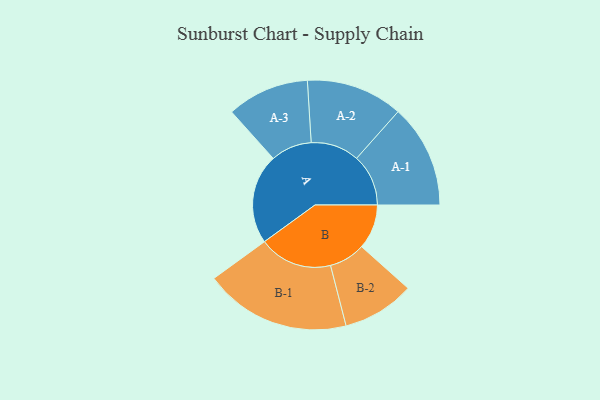
{"axis": {"x": "Segment", "y": "Value"}, "legend": ["", "A", "B"], "data": [{"x": "A", "y": 346, "type": ""}, {"x": "B", "y": 172, "type": ""}, {"x": "A-1", "y": 199, "type": "A"}, {"x": "A-2", "y": 186, "type": "A"}, {"x": "A-3", "y": 158, "type": "A"}, {"x": "B-1", "y": 282, "type": "B"}, {"x": "B-2", "y": 139, "type": "B"}]}